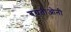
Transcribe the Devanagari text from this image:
बग्रतीओनी